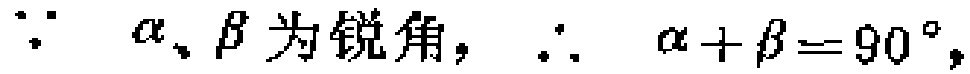
\(\because \alpha、\beta\text{为锐角，}\therefore \alpha +\beta = 90^{\circ},\)